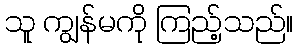
သူ ကျွန်မကို ကြည့်သည်။